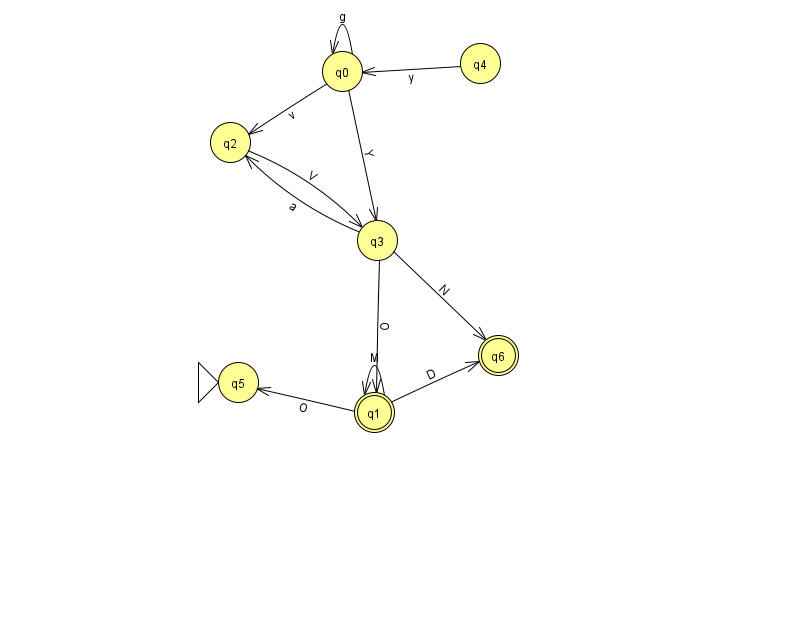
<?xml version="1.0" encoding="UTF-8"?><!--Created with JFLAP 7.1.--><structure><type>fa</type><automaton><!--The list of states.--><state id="0" name="q0"><x>342.0</x><y>58.0</y></state><state id="1" name="q1"><x>374.0</x><y>399.0</y><final/></state><state id="2" name="q2"><x>230.0</x><y>129.0</y></state><state id="3" name="q3"><x>377.0</x><y>227.0</y></state><state id="4" name="q4"><x>480.0</x><y>50.0</y></state><state id="5" name="q5"><x>238.0</x><y>369.0</y><initial/></state><state id="6" name="q6"><x>498.0</x><y>342.0</y><final/></state><!--The list of transitions.--><transition><from>0</from><to>2</to><read>v</read></transition><transition><from>2</from><to>3</to><read>V</read></transition><transition><from>3</from><to>1</to><read>O</read></transition><transition><from>1</from><to>5</to><read>O</read></transition><transition><from>0</from><to>0</to><read>g</read></transition><transition><from>3</from><to>2</to><read>a</read></transition><transition><from>0</from><to>3</to><read>Y</read></transition><transition><from>1</from><to>6</to><read>D</read></transition><transition><from>4</from><to>0</to><read>y</read></transition><transition><from>1</from><to>1</to><read>M</read></transition><transition><from>3</from><to>6</to><read>N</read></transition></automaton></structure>